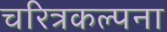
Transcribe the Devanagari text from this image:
चरित्रकल्पना